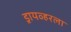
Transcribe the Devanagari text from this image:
ड्रायव्हरला